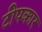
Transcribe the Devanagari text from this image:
टीपकार